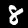
Label: 8